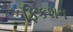
ફિકશન